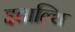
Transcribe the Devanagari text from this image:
इताल्वि